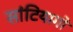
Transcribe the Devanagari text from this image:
सांटियागो